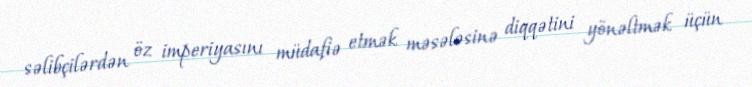
səlibçilərdən öz imperiyasını müdafiə etmək məsələsinə diqqətini yönəltmək üçün